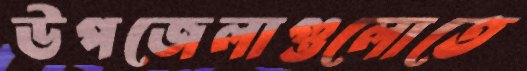
উপজেলাগুলোতে